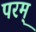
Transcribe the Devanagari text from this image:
परम्‌